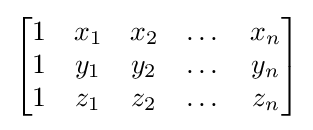
{\begin{bmatrix}1&x_{1}&x_{2}&\dots &x_{n}\\1&y_{1}&y_{2}&\dots &y_{n}\\1&z_{1}&z_{2}&\dots &z_{n}\end{bmatrix}}